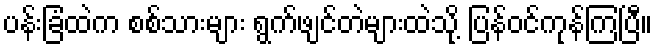
ပန်းခြံထဲက စစ်သားများ ရွက်ဖျင်တဲများထဲသို့ ပြန်ဝင်ကုန်ကြပြီ။